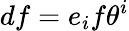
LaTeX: df=e_{i}f\theta^{i}